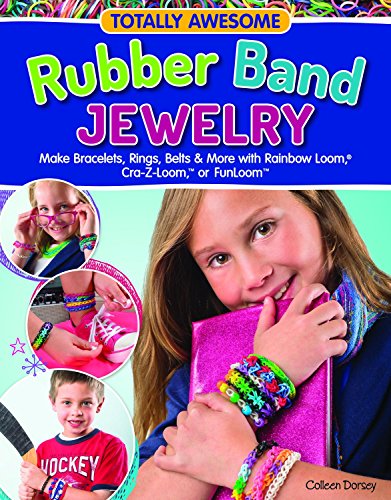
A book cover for Totally Awesome Rubber Band Jewelry: Make Bracelets, Rings, Belts & More with Rainbow Loom(R), Cra-Z-Loom(TM), or FunLoom(TM); Colleen Dorsey; Crafts, Hobbies & Home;